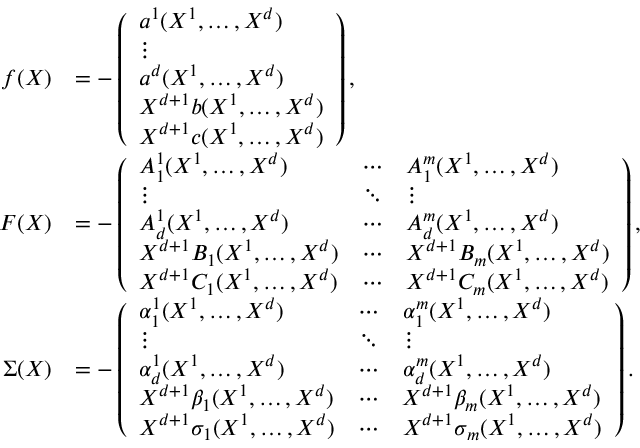
\begin{array} { r l } { f ( X ) } & { = - \left( \begin{array} { l } { a ^ { 1 } ( X ^ { 1 } , \dots , X ^ { d } ) } \\ { \vdots } \\ { a ^ { d } ( X ^ { 1 } , \dots , X ^ { d } ) } \\ { X ^ { d + 1 } b ( X ^ { 1 } , \dots , X ^ { d } ) } \\ { X ^ { d + 1 } c ( X ^ { 1 } , \dots , X ^ { d } ) } \end{array} \right) , } \\ { F ( X ) } & { = - \left( \begin{array} { l l l } { A _ { 1 } ^ { 1 } ( X ^ { 1 } , \dots , X ^ { d } ) } & { \cdots } & { A _ { 1 } ^ { m } ( X ^ { 1 } , \dots , X ^ { d } ) } \\ { \vdots } & { \ddots } & { \vdots } \\ { A _ { d } ^ { 1 } ( X ^ { 1 } , \dots , X ^ { d } ) } & { \cdots } & { A _ { d } ^ { m } ( X ^ { 1 } , \dots , X ^ { d } ) } \\ { X ^ { d + 1 } B _ { 1 } ( X ^ { 1 } , \dots , X ^ { d } ) } & { \cdots } & { X ^ { d + 1 } B _ { m } ( X ^ { 1 } , \dots , X ^ { d } ) } \\ { X ^ { d + 1 } C _ { 1 } ( X ^ { 1 } , \dots , X ^ { d } ) } & { \cdots } & { X ^ { d + 1 } C _ { m } ( X ^ { 1 } , \dots , X ^ { d } ) } \end{array} \right) , } \\ { \Sigma ( X ) } & { = - \left( \begin{array} { l l l } { \alpha _ { 1 } ^ { 1 } ( X ^ { 1 } , \dots , X ^ { d } ) } & { \cdots } & { \alpha _ { 1 } ^ { m } ( X ^ { 1 } , \dots , X ^ { d } ) } \\ { \vdots } & { \ddots } & { \vdots } \\ { \alpha _ { d } ^ { 1 } ( X ^ { 1 } , \dots , X ^ { d } ) } & { \cdots } & { \alpha _ { d } ^ { m } ( X ^ { 1 } , \dots , X ^ { d } ) } \\ { X ^ { d + 1 } \beta _ { 1 } ( X ^ { 1 } , \dots , X ^ { d } ) } & { \cdots } & { X ^ { d + 1 } \beta _ { m } ( X ^ { 1 } , \dots , X ^ { d } ) } \\ { X ^ { d + 1 } \sigma _ { 1 } ( X ^ { 1 } , \dots , X ^ { d } ) } & { \cdots } & { X ^ { d + 1 } \sigma _ { m } ( X ^ { 1 } , \dots , X ^ { d } ) } \end{array} \right) . } \end{array}